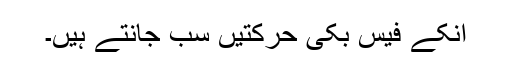
انکے فیس بکی حرکتیں سب جانتے ہیں۔